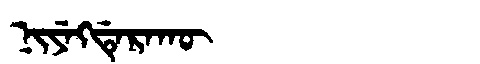
Manchu: ᠨᡳᠶᡝᡴᡩᡝᡵᠠᡴᡡ
Romanization: NIYEKDERAKŪ